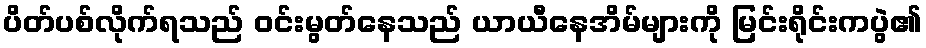
ပိတ်ပစ်လိုက်ရသည် ဝင်းမွတ်နေသည် ယာယီနေအိမ်များကို မြင်းရိုင်းကပွဲ၏